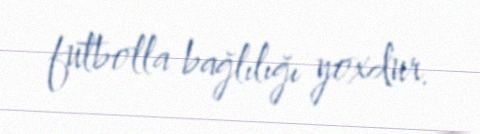
futbolla bağlılığı yoxdur.